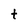
Character: t